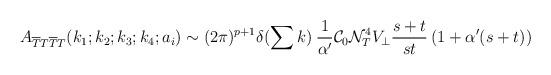
LaTeX: \begin{align*}A_{\overline{T}T\overline{T}T}(k_{1};k_{2};k_{3};k_{4};a_{i})\sim (2\pi )^{p+1}\delta (\sum k)\: \frac{1}{\alpha '}{\cal C}_{0}{\cal N}^{4}_{T}V_{\bot }\frac{s+t}{st}\left( 1+\alpha '(s+t)\right)\end{align*}